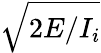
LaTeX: \sqrt{2E/I_{i}}